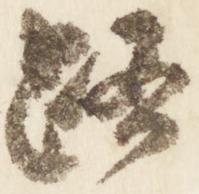
路